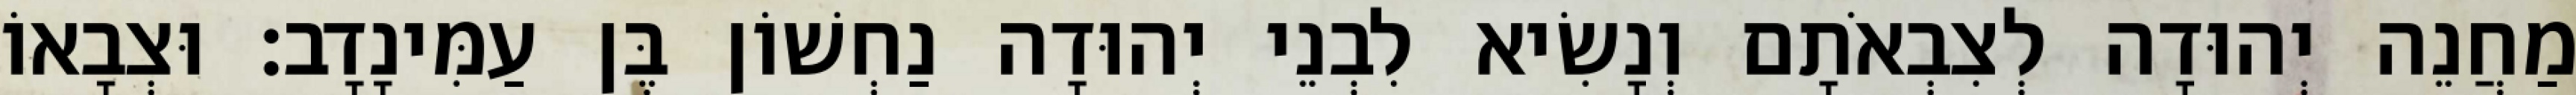
מַחֲנֵה יְהוּדָה לְצִבְאֹתָם וְנָשִׂיא לִבְנֵי יְהוּדָה נַחְשׁוֹן בֶּן עַמִּינָדָב׃ וּצְבָאוֹ